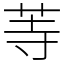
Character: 䓁